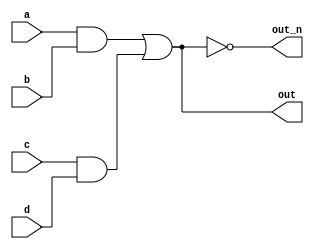
`default_nettype none
module top_module(
    input a,
    input b,
    input c,
    input d,
    output out,
    output out_n   ); 
	
    wire w_ab,w_cd,w_or;
    assign w_ab=a&b;
    assign w_cd=c&d;
    assign w_or=w_ab|w_cd;
    assign out=w_or;
    assign out_n=~w_or;
endmodule